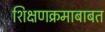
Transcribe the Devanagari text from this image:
शिक्षणक्रमाबाबत